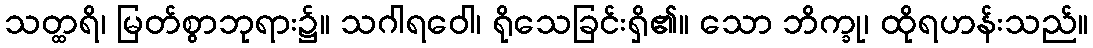
သတ္ထရိ၊ မြတ်စွာဘုရား၌။ သဂါရဝေါ၊ ရိုသေခြင်းရှိ၏။ သော ဘိက္ခု၊ ထိုရဟန်းသည်။